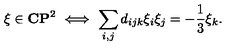
\xi \in { \bf C } { \bf P } ^ { 2 } \ \Longleftrightarrow \ \sum _ { i , j } d _ { i j k } \xi _ { i } \xi _ { j } = - \frac { 1 } { 3 } \xi _ { k } .